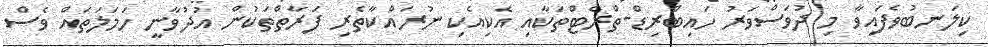
ކިލަނބުވެފައިވާ މި ދުވަސްވަރު ހައިބްރިޑް-ތްރެޓްތަކާއި އެކިއެކި ނުރައްކާތެރި ފަރާތްތަކުން އުދުވާނީ ހަމަލަތައް ވެސް